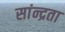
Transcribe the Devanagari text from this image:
सांन्द्रता